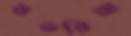
শুভরিয়া